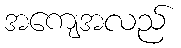
အကျေအလည်